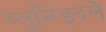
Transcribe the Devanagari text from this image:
ब्लूमिङ्दले